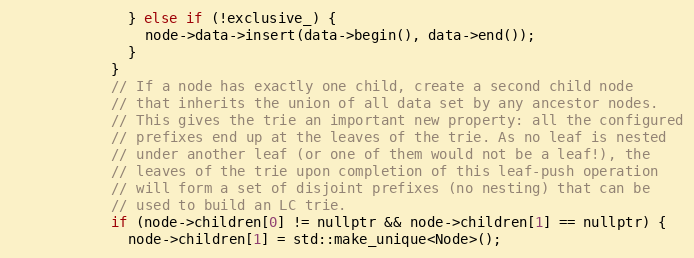
Language: C
              } else if (!exclusive_) {
                node->data->insert(data->begin(), data->end());
              }
            }
            // If a node has exactly one child, create a second child node
            // that inherits the union of all data set by any ancestor nodes.
            // This gives the trie an important new property: all the configured
            // prefixes end up at the leaves of the trie. As no leaf is nested
            // under another leaf (or one of them would not be a leaf!), the
            // leaves of the trie upon completion of this leaf-push operation
            // will form a set of disjoint prefixes (no nesting) that can be
            // used to build an LC trie.
            if (node->children[0] != nullptr && node->children[1] == nullptr) {
              node->children[1] = std::make_unique<Node>();